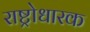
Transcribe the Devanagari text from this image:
राष्ट्रोधारक